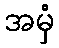
အမှံ